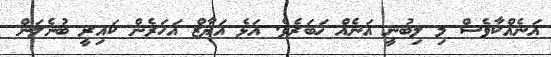
އަނެއްކާވެސް މި ލިބުނީ އަނެއް ޚަބަރެވެ. އަޅެ އަޔާޒް އަހަރެން ކައިރީ ބުނެލަން